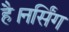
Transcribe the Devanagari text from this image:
है।नर्सिंग